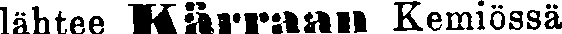
lähtee Kärraan Kemiössä